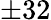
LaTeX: \pm 32